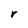
Character: r